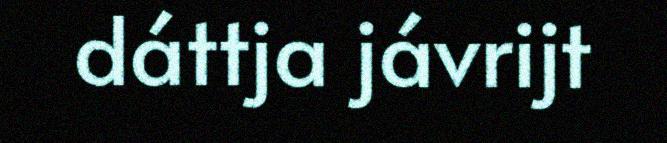
dáttja jávrijt